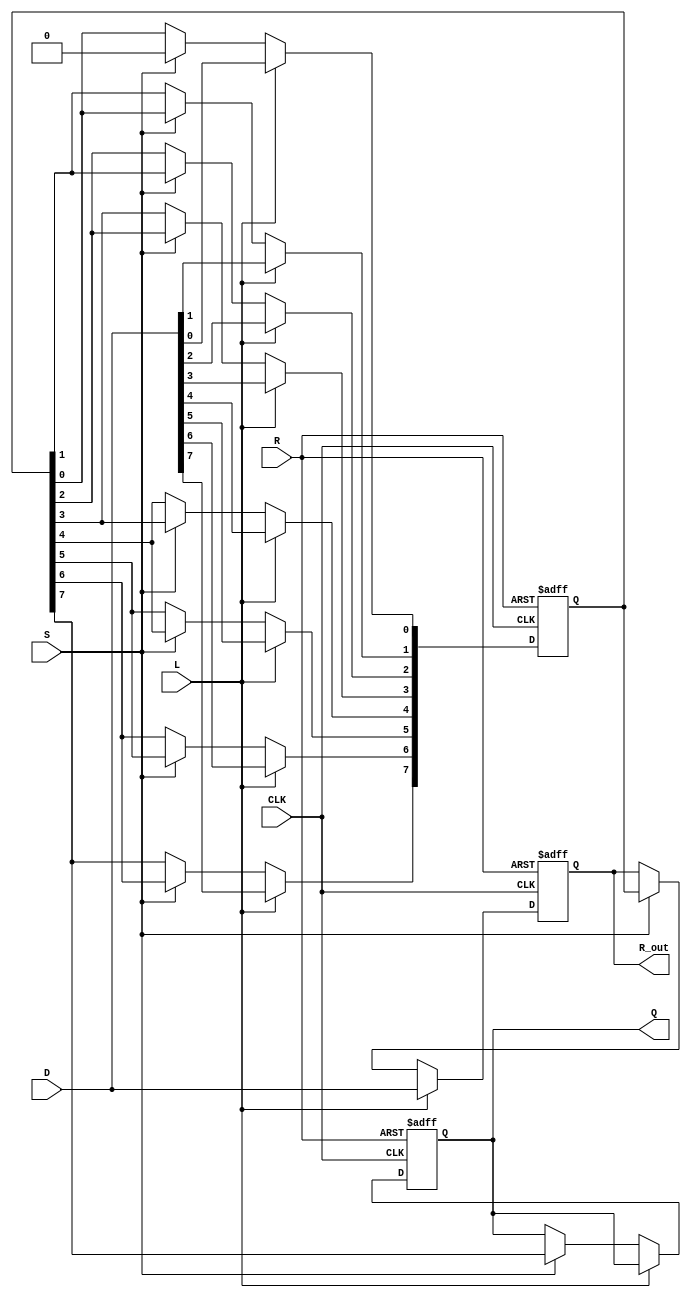
module PISO_Register #(
    parameter WIDTH = 8  // Parameter to define the width of the register
)(
    input wire [WIDTH-1:0] D,  // Data input bus
    input wire L,               // Load control signal
    input wire S,               // Shift control signal
    input wire CLK,             // Clock signal
    input wire R,               // Asynchronous reset signal
    output reg Q,               // Serial output
    output reg [WIDTH-1:0] R_out // Full register output
);

    reg [WIDTH-1:0] register;   // Internal storage for the register
    integer i;                  // Loop variable for shifting

    always @(posedge CLK or posedge R) begin
        if (R) begin
            // Asynchronous reset
            register <= {WIDTH{1'b0}}; // Clear the register
            R_out <= {WIDTH{1'b0}};    // Clear the output
            Q <= 1'b0;                 // Clear the serial output
        end else if (L) begin
            // Load data into the register
            register <= D;             // Load data on the rising edge of CLK
            R_out <= D;                // Update full register output
        end else if (S) begin
            // Shift data out serially
            Q <= register[WIDTH-1];    // Output the MSB (or LSB depending on design)
            for (i = WIDTH-1; i > 0; i = i - 1) begin
                register[i] <= register[i-1]; // Shift right
            end
            register[0] <= 1'b0;        // Optional: clear the LSB after shifting
            R_out <= register;          // Update full register output
        end
    end

endmodule